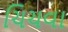
ચિચવા